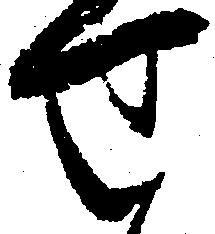
せ